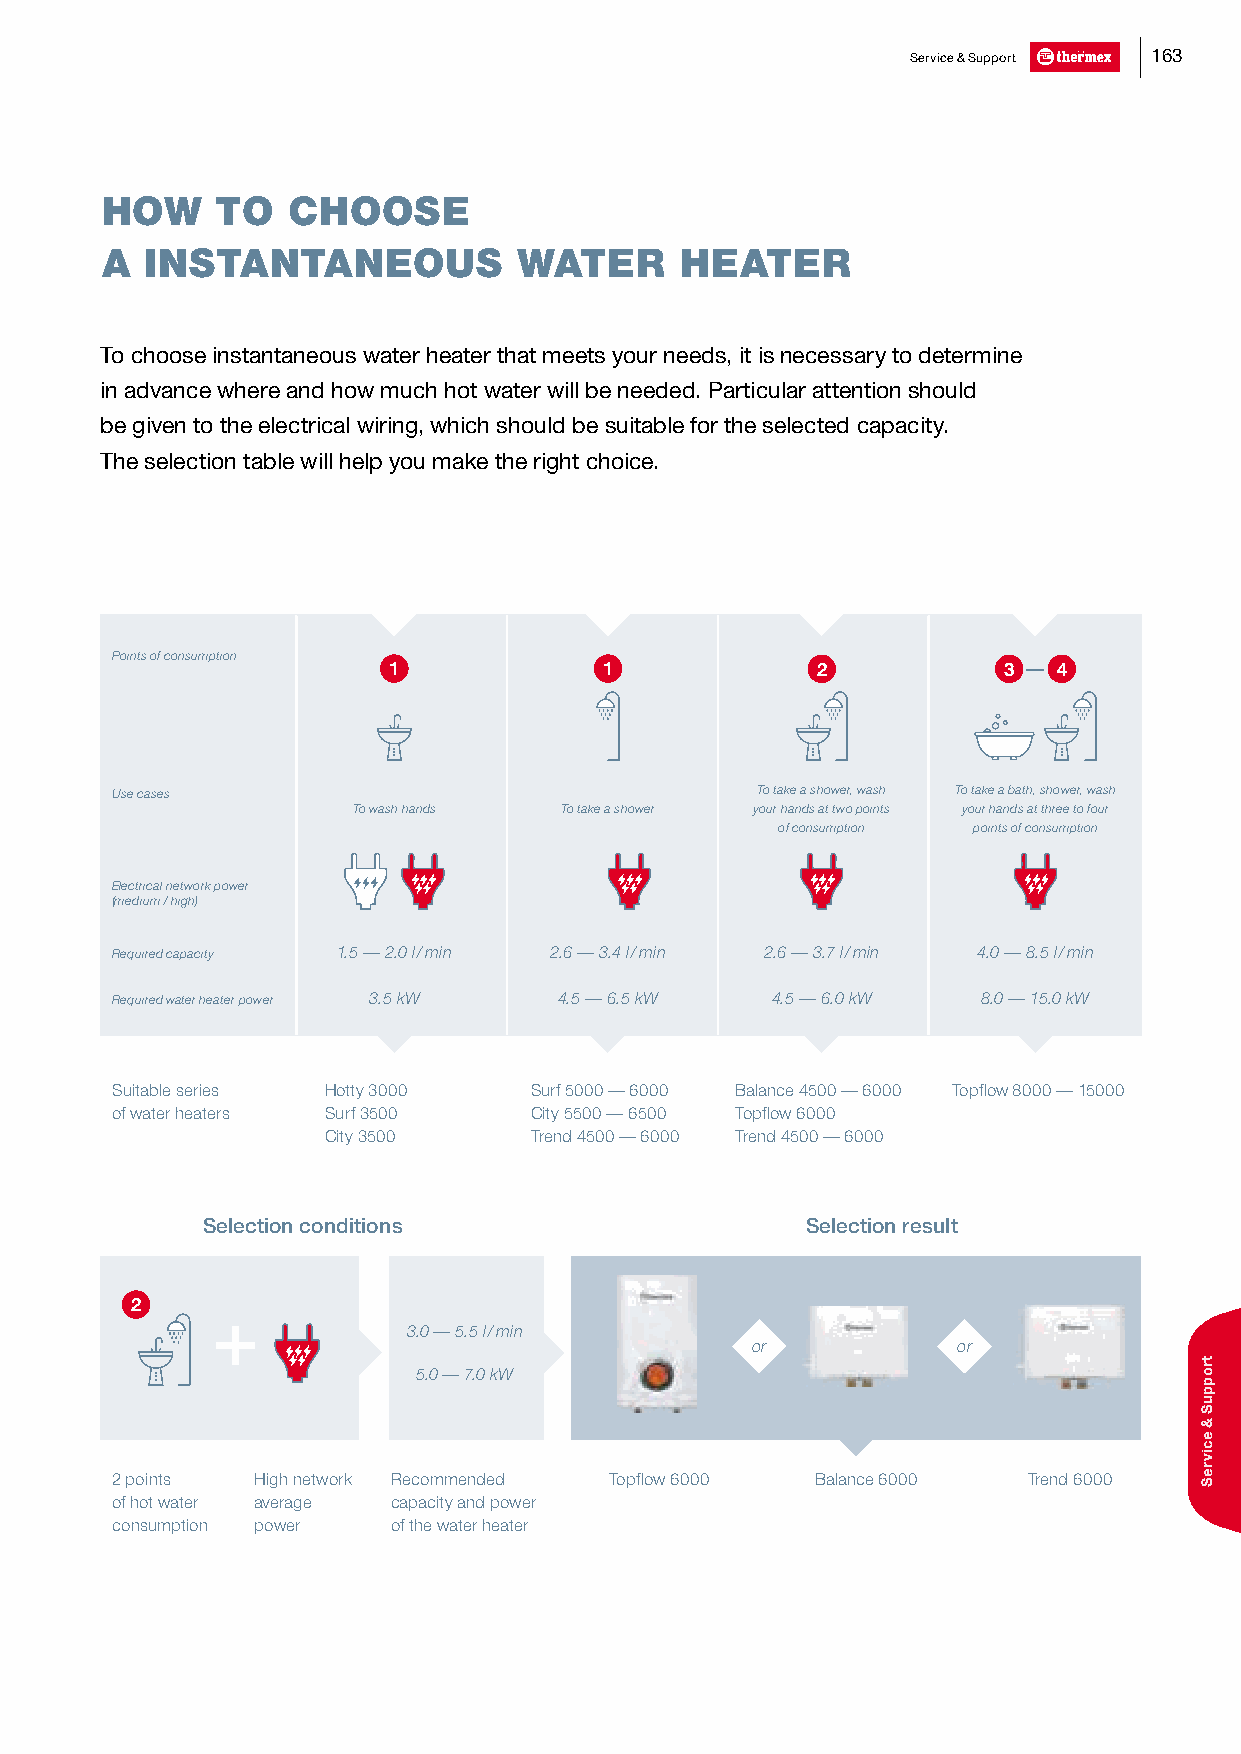
Service & Support 163
 HOW    TO   CHOOSE
 A  INSTANTANEOUS           WATER      HEATER
 To choose instantaneous water heater that meets your needs, it is necessary to determine
 in advance where and how much hot water will be needed. Particular attention should
 be given to the electrical wiring, which should be suitable for the selected capacity.
 The selection table will help you make the right choice.
 Points of consumption
 1             1             2           3 — 4
 Use cases                                  To take a shower, wash To take a bath, shower, wash
 To wash hands To take a shower your hands at two points your hands at three to four
 of consumption points of consumption
 Electrical network power
 (medium / high)
 Required capacity 1.5 — 2.0 l / min 2.6 — 3.4 l / min 2.6 — 3.7 l / min 4.0 — 8.5 l / min
 Required water heater power 3.5 kW 4.5 — 6.5 kW 4.5 — 6.0 kW 8.0 — 15.0 kW
 Suitable series Hotty 3000  Surf 5000 — 6000 Balance 4500 — 6000 Topflow 8000 — 15000
 of water heaters Surf 3500  City 5500 — 6500 Topflow 6000
 City 3500     Trend 4500 — 6000 Trend 4500 — 6000
 Selection conditions                    Selection result
 2
 3.0 — 5.5 l / min
 or           or
 5.0 — 7.0 kW
 2 points  High network Recommended Topflow 6000 Balance 6000 Trend 6000
 of hot water average capacity and power
 consumption power  of the water heater
 troppuS
 &
 ecivreS